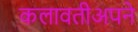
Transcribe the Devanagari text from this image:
कलावतीअपने